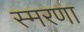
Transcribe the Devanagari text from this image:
स्मरणा